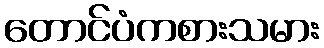
တောင်ပံကစားသမား